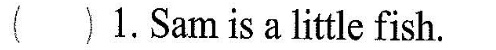
( )1. Sam is a little fish.